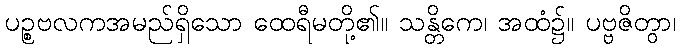
ပဉ္စဗလကအမည်ရှိသော ထေရီမတို့၏။ သန္တိကေ၊ အထံ၌။ ပဗ္ဗဇိတွာ၊